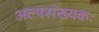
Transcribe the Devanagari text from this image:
अल्पसंख्यकः